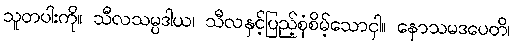
သူတပါးကို။ သီလသမ္ပဒါယ၊ သီလနှင့်ပြည့်စုံစိမ့်သောငှါ။ နောသမဒပေတိ၊